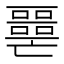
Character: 𡂧